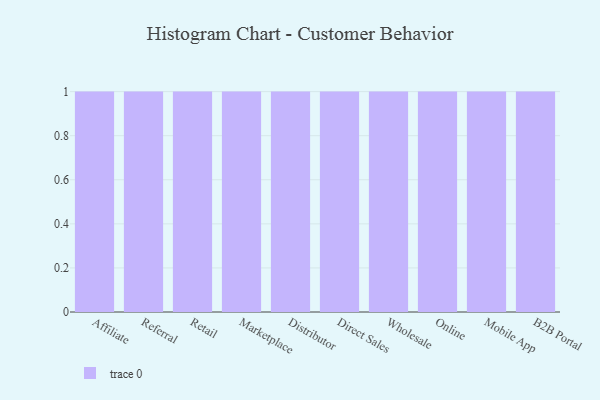
{"axis": {"x": "Channel", "y": "Revenue (USD Million)"}, "legend": [""], "data": [{"x": "Affiliate", "y": 82, "type": ""}, {"x": "Referral", "y": 64, "type": ""}, {"x": "Retail", "y": 21, "type": ""}, {"x": "Marketplace", "y": 87, "type": ""}, {"x": "Distributor", "y": 46, "type": ""}, {"x": "Direct Sales", "y": 54, "type": ""}, {"x": "Wholesale", "y": 97, "type": ""}, {"x": "Online", "y": 9, "type": ""}, {"x": "Mobile App", "y": 67, "type": ""}, {"x": "B2B Portal", "y": 72, "type": ""}]}